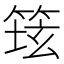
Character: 𱸆